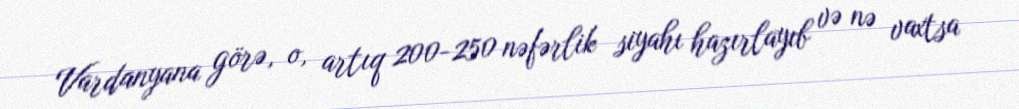
Vardanyana görə, o, artıq 200-250 nəfərlik siyahı hazırlayıb və nə vaxtsa